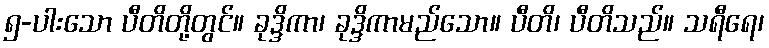
၅-ပါးသော ပီတိတို့တွင်။ ခုဒ္ဒိကာ၊ ခုဒ္ဒိကာမည်သော။ ပီတိ၊ ပီတိသည်။ သရီရေ၊